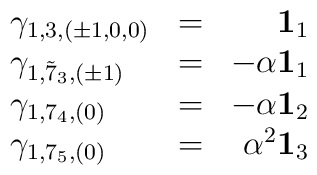
\left.\begin{array}{llr}\gamma_{1, 3, (\pm 1, 0,  0)} &  = &  {\bf 1}_{1}  \\\gamma_{1, {\tilde 7}_{3}, (\pm 1)}    &  = &  - \alpha {\bf 1}_{1} \\\gamma_{1, 7_{4}, (0)}        &  = &  - \alpha {\bf 1}_{2} \\\gamma_{1, 7_{5}, (0)}        &  = &    \alpha^2 {\bf 1}_{3}\end{array}\right.